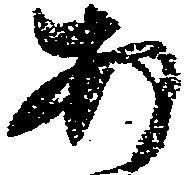
あ